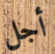
أجل